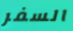
السفر